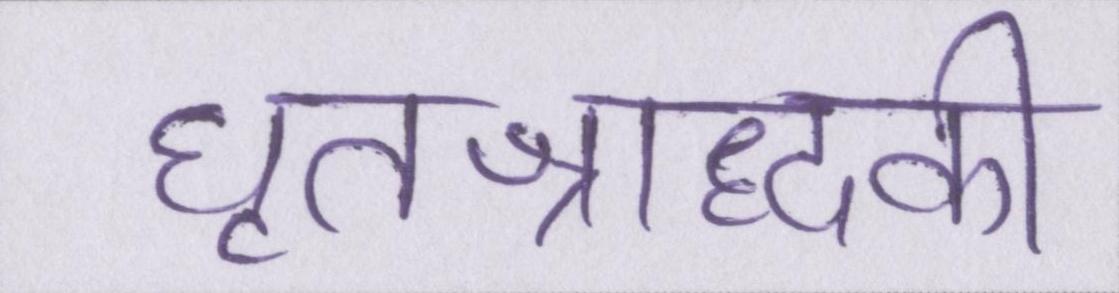
घृतश्राद्धकी